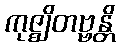
ကုဇ္ဈိတဗ္ဗန္တိ